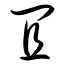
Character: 宜